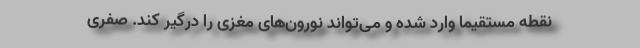
نقطه مستقیماً وارد شده و می‌تواند نورون‌های مغزی را درگیر کند. صفری